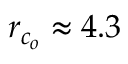
r _ { c _ { o } } \approx 4 . 3